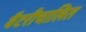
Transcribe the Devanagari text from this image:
बैटरीचालित